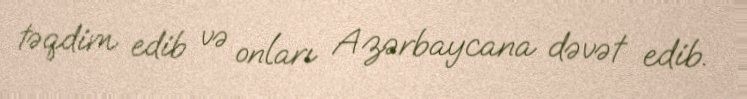
təqdim edib və onları Azərbaycana dəvət edib.